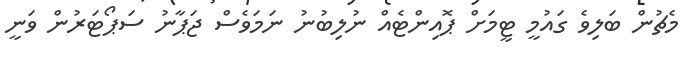
މެޗުން ބަލިވެ ގައުމީ ޓީމަށް ޕޮއިންޓެއް ނުލިބުނު ނަމަވެސް ޖަޕާނު ސަޕޯޓަރުން ވަނީ